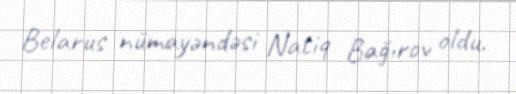
Belarus nümayəndəsi Natiq Bağırov oldu.